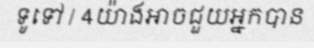
ទូទៅ / 4យ៉ាងអាចជួយអ្នកបាន